Scottish Leaving Certificate Examination, 1961
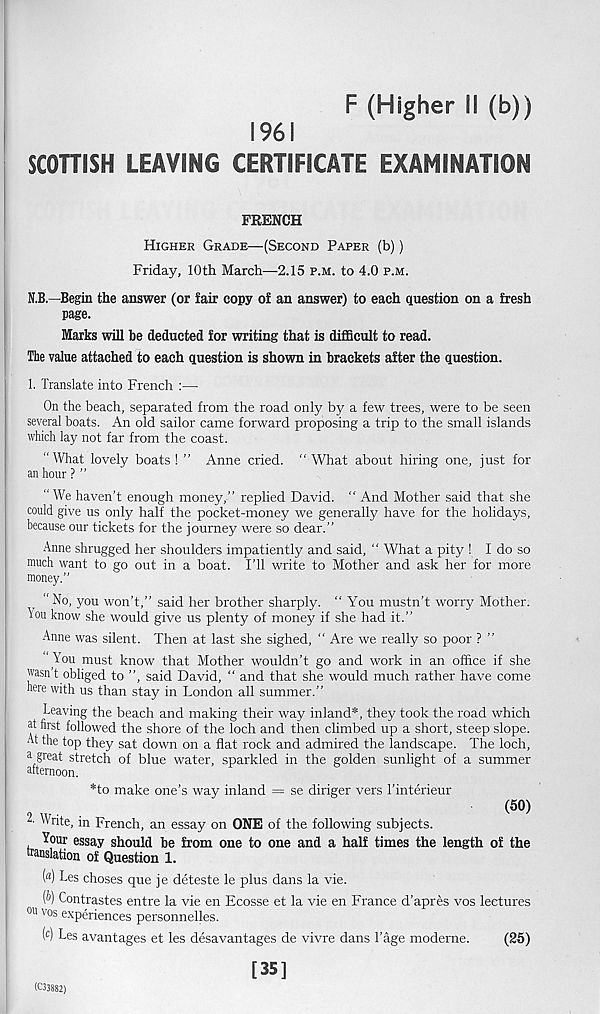
F (Higher M (b))
1961
SCOTTISH LEAVING CERTIFICATE EXAMINATION
FRENCH
Higher Grade—(Second Paper (b))
Friday, 10th March—2.15 p.m. to 4.0 p.m.
N.B.—Begin the answer (or fair copy of an answer) to each question on a fresh
page.
Marks will be deducted for writing that is difficult to read.
The value attached to each question is shown in brackets after the question.
1. Translate into French :—
On the beach, separated from the road only by a few trees, were to be seen
several boats. An old sailor came forward proposing a trip to the small islands
which lay not far from the coast.
"What lovely boats! ” Anne cried. “What about hiring one, just for
an hour ? ”
“ We haven’t enough money,” replied David. “ And Mother said that she
could give us only half the pocket-money we generally have for the holidays,
because our tickets for the journey were so dear.”
Anne shrugged her shoulders impatiently and said, “ What a pity ! I do so
much want to go out in a boat. I’ll write to Mother and ask her for more
money.”
No, you won’t,” said her brother sharply. “ You mustn’t worry Mother.
You know she would give us plenty of money if she had it.”
Anne was silent. Then at last she sighed, “ Are we really so poor ? ”
You must know that Mother wouldn’t go and work in an office if she
wasn t obliged to ”, said David, “ and that she would much rather have come
here with us than stay in London all summer.”
Leaving the beach and making their way inland*, they took the road which
at first followed the shore of the loch and then climbed up a short, steep slope.
At the top they sat down on a flat rock and admired the landscape. The loch,
a great stretch of blue water, sparkled in the golden sunlight of a summer
afternoon.
*to make one’s way inland = se diriger vers 1’interieur
(5°)
2- Write, in French, an essay on ONE of the following subjects.
Your essay should be from one to one and a half times the length of the
translation of Question 1.
( fl ) Les choses que je deteste le plus dans la vie.
(&) Contrastes entre la vie en Ecosse et la vie en France d’apres vos lectures
011 vos e xperiences personnelles.
( c ) Les avantages et les desavantages de vivre dans Tage moderne.
(25)
[35]
(C33882)